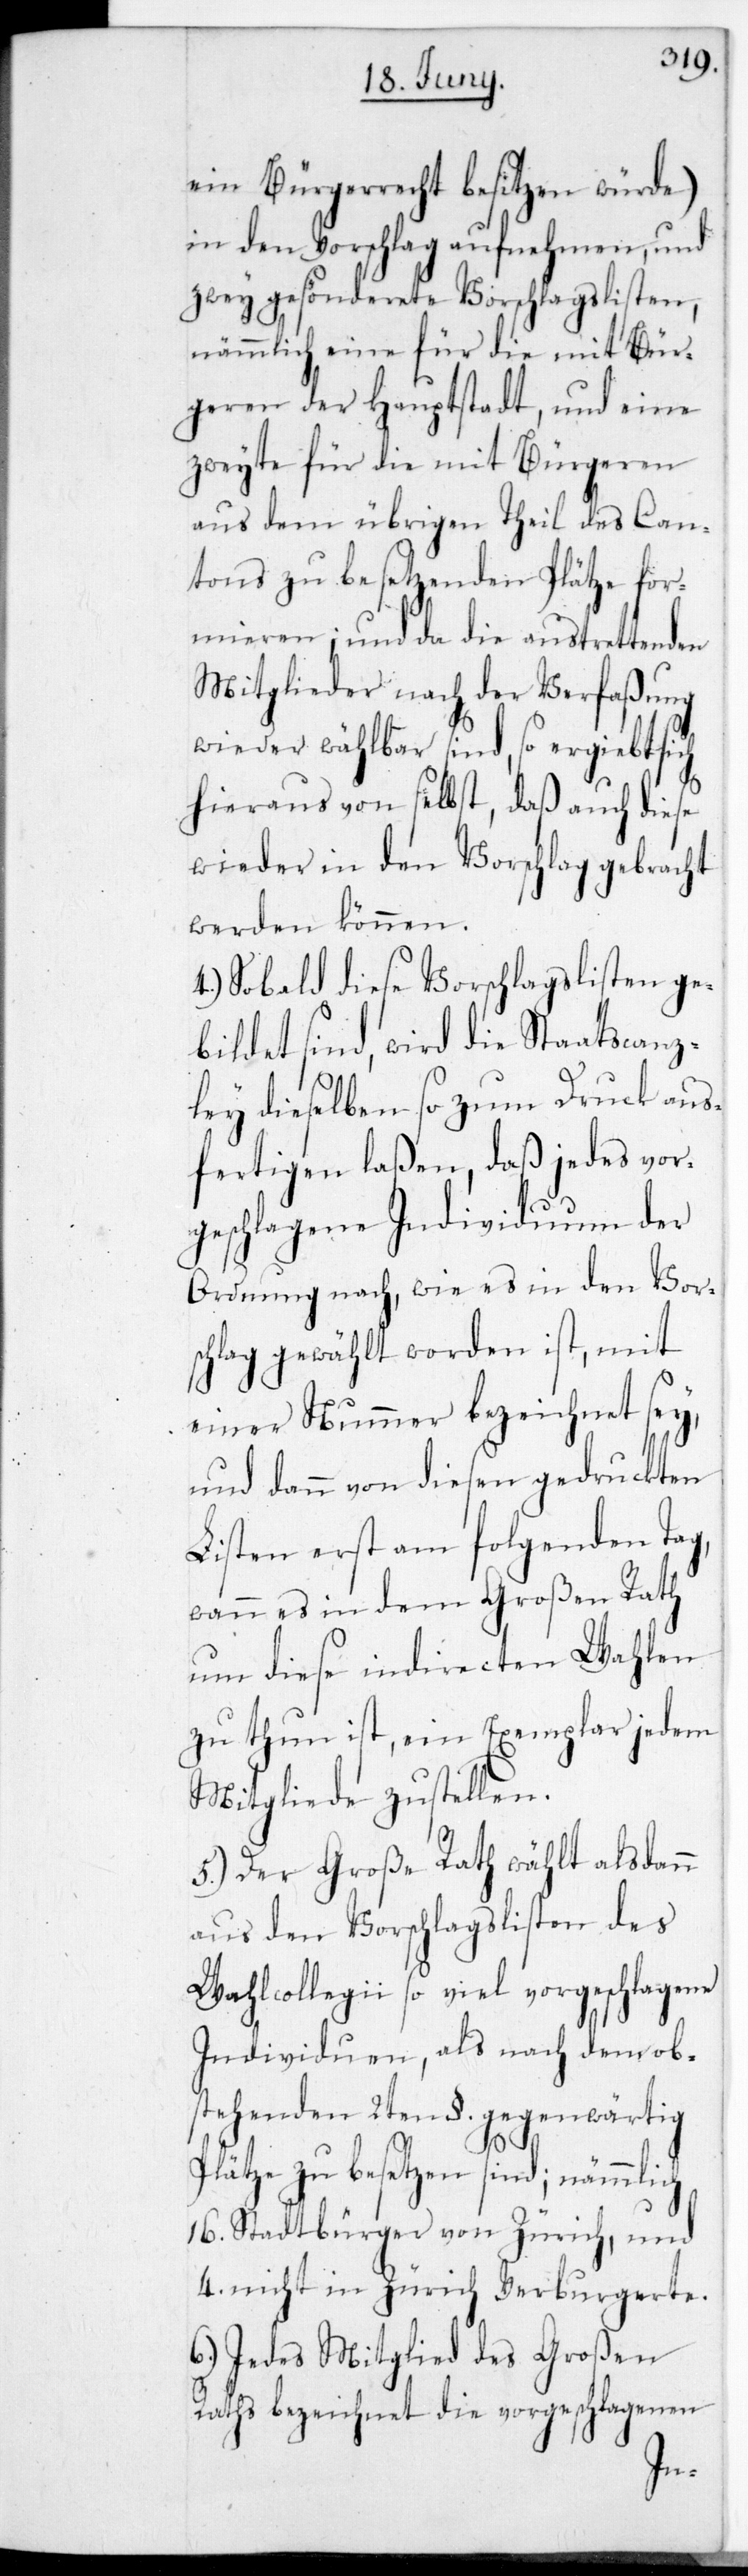
ein Bürgerrecht besitzen würde)
in den Vorschlag aufnehmen, und
zwey gesönderete Vorschlagslisten,
nämmlich eine für die mit Bür¬
geren der Hauptstadt und eine
zweyte für die mit Bürgeren
aus dem übrigen Theil des Can¬
tons zu besetzenden Plätze for¬
mieren; und da die austrettenden
Mitglieder nach der Verfaßung
wieder wählbar sind, so ergibt sich
hieraus von selbst, daß auch diese
wieder in den Vorschlag gebracht
werden können.
4.) Sobald diese Vorschlagslisten ge¬
bildet sind, wird die Staatscanz¬
ley dieselben so zum Druck aus¬
fertigen laßen, daß jedes vor¬
geschlagene Individuum der
Ordnung nach, wie es in den Vor¬
schlag gewählt worden ist, mit
einer Nummer bezeichnet sey,
und dann von diesen gedruckten
Listen erst am folgenden Tag,
wann es in dem Großen Rath
um diese indirecten Wahlen
zu thun ist, ein Exemplar jedem
Mitgliede zustellen.
5.) Der Große Rath wählt alsdann
aus den Vorschlagslisten des
Wahlcollegii so viel vorgeschlagene
Individuen, als nach dem ob¬
stehenden 2ten §. gegenwärtig
Plätze zu besetzen sind; nämmlich
16. Stadtbürger von Zürich und
4. nicht in Zürich Verburgerete.
6.) Jedes Mitglied des Großen
Raths bezeichnet die vorgeschlagenen